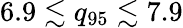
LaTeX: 6.9\lesssim q_{95}\lesssim 7.9